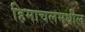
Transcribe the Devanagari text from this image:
हिमाचलमधील